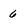
Character: 6